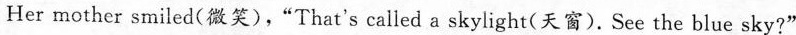
Her mother smiled(微笑),“ That's called a skylight(天窗). See the blue sky?"